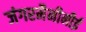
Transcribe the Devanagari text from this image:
जंगरमैनीनीई